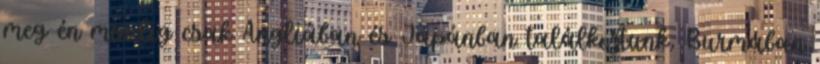
meg én mindig csak Angliában és Japánban találkoztunk, Burmában